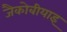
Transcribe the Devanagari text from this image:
जैकोबीयाइ